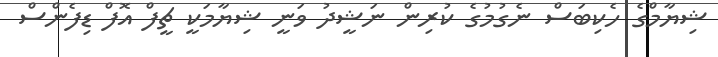
ޝިޔާމްގެ ހެކިބަސް ނެގުމުގެ ކުރިން ނަޝީދު ވަނީ ޝިޔާމަކީ ޗީފް އޮފް ޑިފެންސް